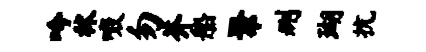
吟秫啜勿芥船聚删瑚抗